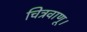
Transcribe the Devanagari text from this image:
चित्रवाणू।